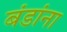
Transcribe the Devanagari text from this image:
बंडांना